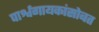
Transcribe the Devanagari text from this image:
पार्श्वगायकांसोबत